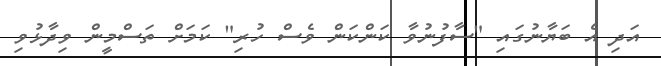
އަދި އެ ބަޔާނުގައި "ސާފުނުވާ ކަންކަން ވެސް ހުރި" ކަމަށް ތަސްމީން ވިދާޅުވި